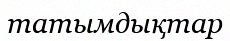
татымдықтар